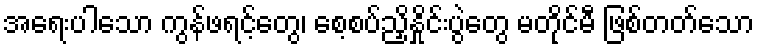
အရေးပါသော ကွန်ဖရင့်တွေ၊ စေ့စပ်ညှိနှိုင်းပွဲတွေ မတိုင်မီ ဖြစ်တတ်သော